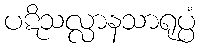
ပဋိသလ္လာနသာရုပ္ပံ